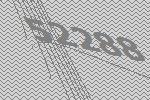
52288